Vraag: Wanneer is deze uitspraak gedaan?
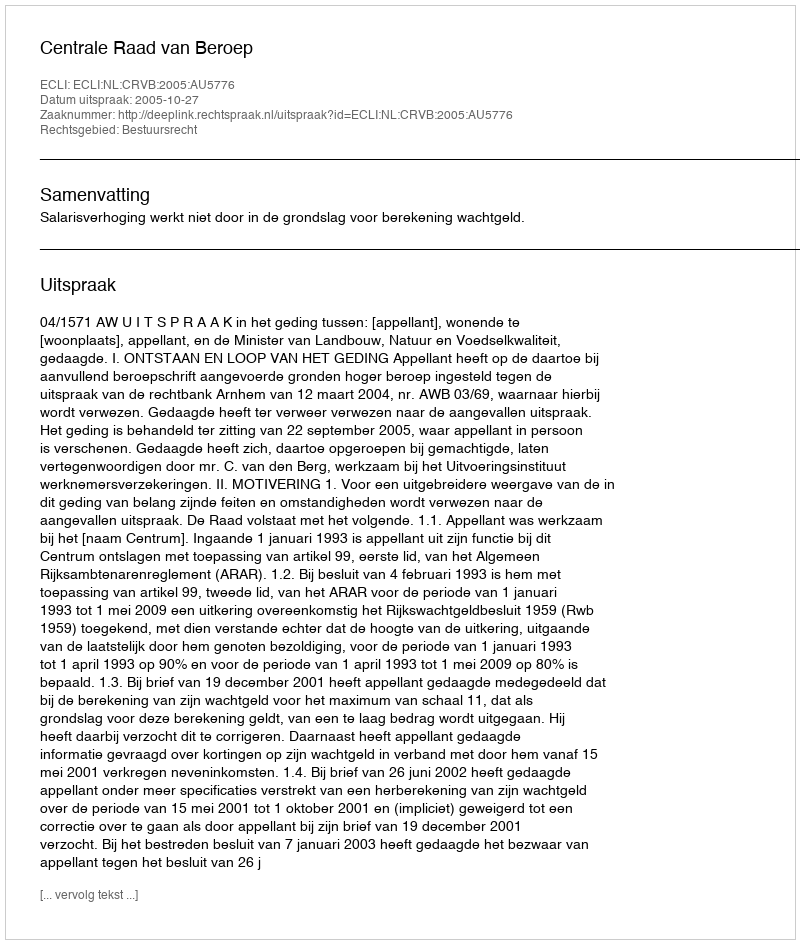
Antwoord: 2005-10-27